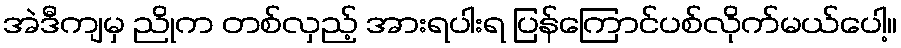
အဲဒီကျမှ ညိုက တစ်လှည့် အားရပါးရ ပြန်ကြောင်ပစ်လိုက်မယ်ပေါ့။